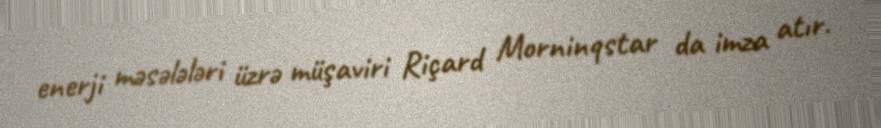
enerji məsələləri üzrə müşaviri Riçard Morninqstar da imza atır.